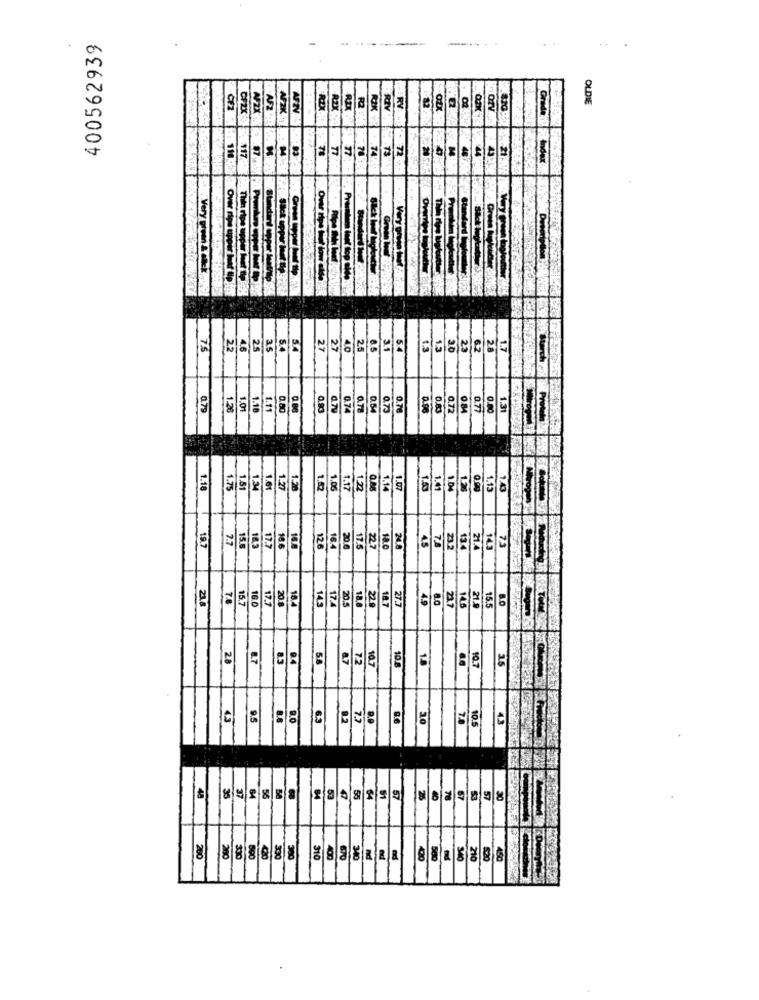
400562939
.
AZ
RD
OLDIE
AFZ
RIX
RIV
RY
Grade
CFZX
7.5
22
4.6
25
35
5.4
5.4
27
27
4.0
25
3.1
5.4
1.3
1.5
20
23
6.2
20
1.7
0.79
1.28
1.01
1.18
1.11
0.80
0.80
0.83
0.79
0.74
0 78
0.64
0.73
0.70
0.83
0.72
0.84
0.77
1.31
1.18
1.75
1.51
1.34
1.61
1.27
1.20
1.06
1.17
122
1.14
1.07
1.41
1.04
0.90
1.13
1.43
19.7
2.7
17.7
23.2
21
72
15.6
18.6
126
16.4
20.6
17.5
27
10.0
45
134
14.2
21.8
7.8
15.7
16.0
17.7
20.8
18.4
145
17.4
20.5
18.8
220
18.7
27.7
49
23.7
21.
15.5
28
8.7
9.4
5.8
a7
7.2
10.7
10.5
1.8
10.7
3.5
4.5
9.5
9.O
6.3
8.2
7.7
20
7.8
10.5
43
35
57
55
64
55
54
51
26
40
78
67
57
30
200
200
300
300
310
400
670
340
500
340
210
450